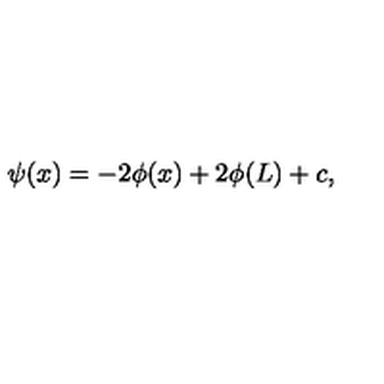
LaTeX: \psi ( x ) = - 2 \phi ( x ) + 2 \phi ( L ) + c ,